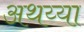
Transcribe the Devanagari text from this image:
अथय्या